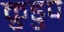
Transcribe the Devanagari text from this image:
क्रुडुप